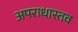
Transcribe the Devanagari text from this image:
अपराधास्तव